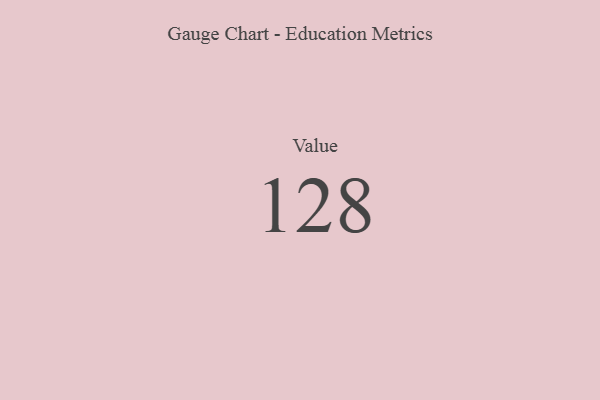
{"axis": {"x": "Metric", "y": "Value"}, "legend": [""], "data": [{"x": "Value", "y": 128, "type": ""}]}